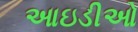
આઇડીઓ